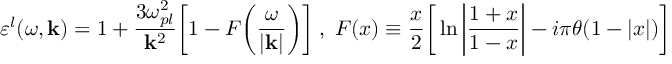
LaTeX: \varepsilon ^ { l } ( \omega , { \bf k } ) = 1 + \frac { 3 \omega _ { p l } ^ { 2 } } { { \bf k } ^ { 2 } } \bigg [ 1 - F \bigg ( \frac { \omega } { \vert { \bf k } \vert } \bigg ) \bigg ] \; , \; F ( x ) \equiv \frac { x } { 2 } \bigg [ \ln \bigg \vert \frac { 1 + x } { 1 - x } \bigg \vert - i \pi \theta ( 1 - \vert x \vert ) \bigg ]